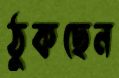
ঠুকছেন